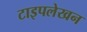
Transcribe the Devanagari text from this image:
टाइपलेखन